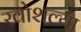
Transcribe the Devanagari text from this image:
खोशल्या